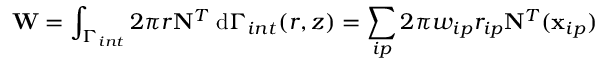
\mathbf { W } = \int _ { \Gamma _ { i n t } } 2 \pi r \mathbf { N } ^ { T } \; \mathrm { d } \Gamma _ { i n t } ( r , z ) = \sum _ { i p } 2 \pi w _ { i p } r _ { i p } \mathbf { N } ^ { T } ( \mathbf { x } _ { i p } )